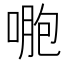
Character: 𠷤